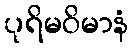
ပုရိမဝိမာနံ